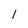
Character: 1